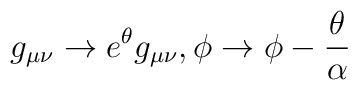
g_{\mu\nu}  \rightarrow   e^{\theta}  g_{\mu\nu},\phi \rightarrow \phi - \frac{\theta}{\alpha}